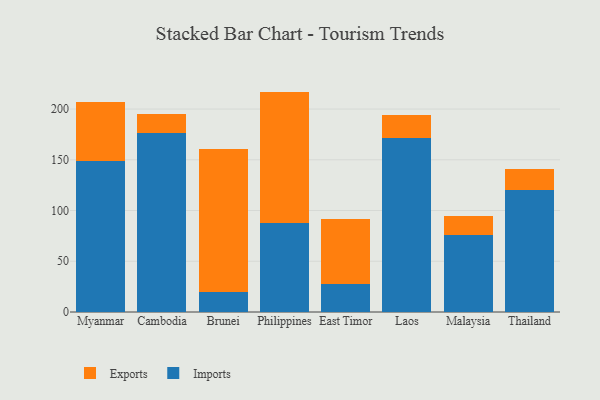
{"axis": {"x": "Country", "y": "Headcount"}, "legend": ["Exports", "Imports"], "data": [{"x": "Myanmar", "y": 148.7, "type": "Imports"}, {"x": "Myanmar", "y": 58.3, "type": "Exports"}, {"x": "Cambodia", "y": 176.1, "type": "Imports"}, {"x": "Cambodia", "y": 19.2, "type": "Exports"}, {"x": "Brunei", "y": 19.4, "type": "Imports"}, {"x": "Brunei", "y": 141.6, "type": "Exports"}, {"x": "Philippines", "y": 88.1, "type": "Imports"}, {"x": "Philippines", "y": 129.1, "type": "Exports"}, {"x": "East Timor", "y": 27.8, "type": "Imports"}, {"x": "East Timor", "y": 63.8, "type": "Exports"}, {"x": "Laos", "y": 171.0, "type": "Imports"}, {"x": "Laos", "y": 23.1, "type": "Exports"}, {"x": "Malaysia", "y": 75.5, "type": "Imports"}, {"x": "Malaysia", "y": 18.8, "type": "Exports"}, {"x": "Thailand", "y": 120.0, "type": "Imports"}, {"x": "Thailand", "y": 21.1, "type": "Exports"}]}